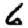
Digit: 6